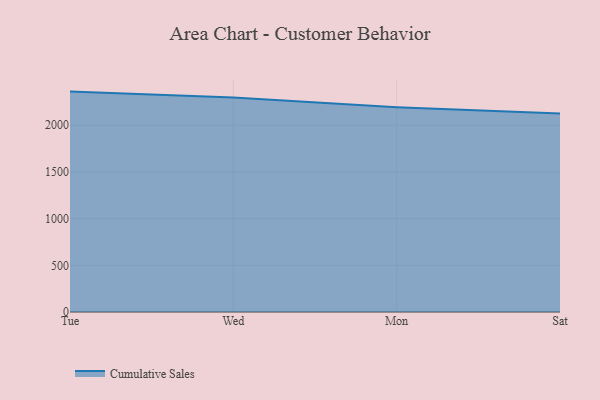
{"axis": {"x": "Day", "y": "Website Visitors"}, "legend": ["Cumulative Sales"], "data": [{"x": "Tue", "y": 2360.3, "type": "Cumulative Sales"}, {"x": "Wed", "y": 2295.9, "type": "Cumulative Sales"}, {"x": "Mon", "y": 2193.0, "type": "Cumulative Sales"}, {"x": "Sat", "y": 2126.5, "type": "Cumulative Sales"}]}